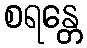
စရန္တေ